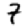
Digit: 7